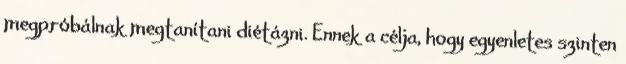
megpróbálnak megtanítani diétázni. Ennek a célja, hogy egyenletes szinten